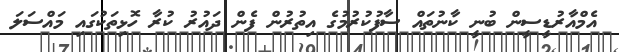
އެމްއާރުޑީސީން ބުނީ ކާނުތައް ސާފުކުރުމުގެ އިތުރުން ފެން ދައުރު ކުރާ ހޮޅިތަކުގައި މައްސަލަ